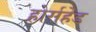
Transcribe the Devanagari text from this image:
होर्सहेड